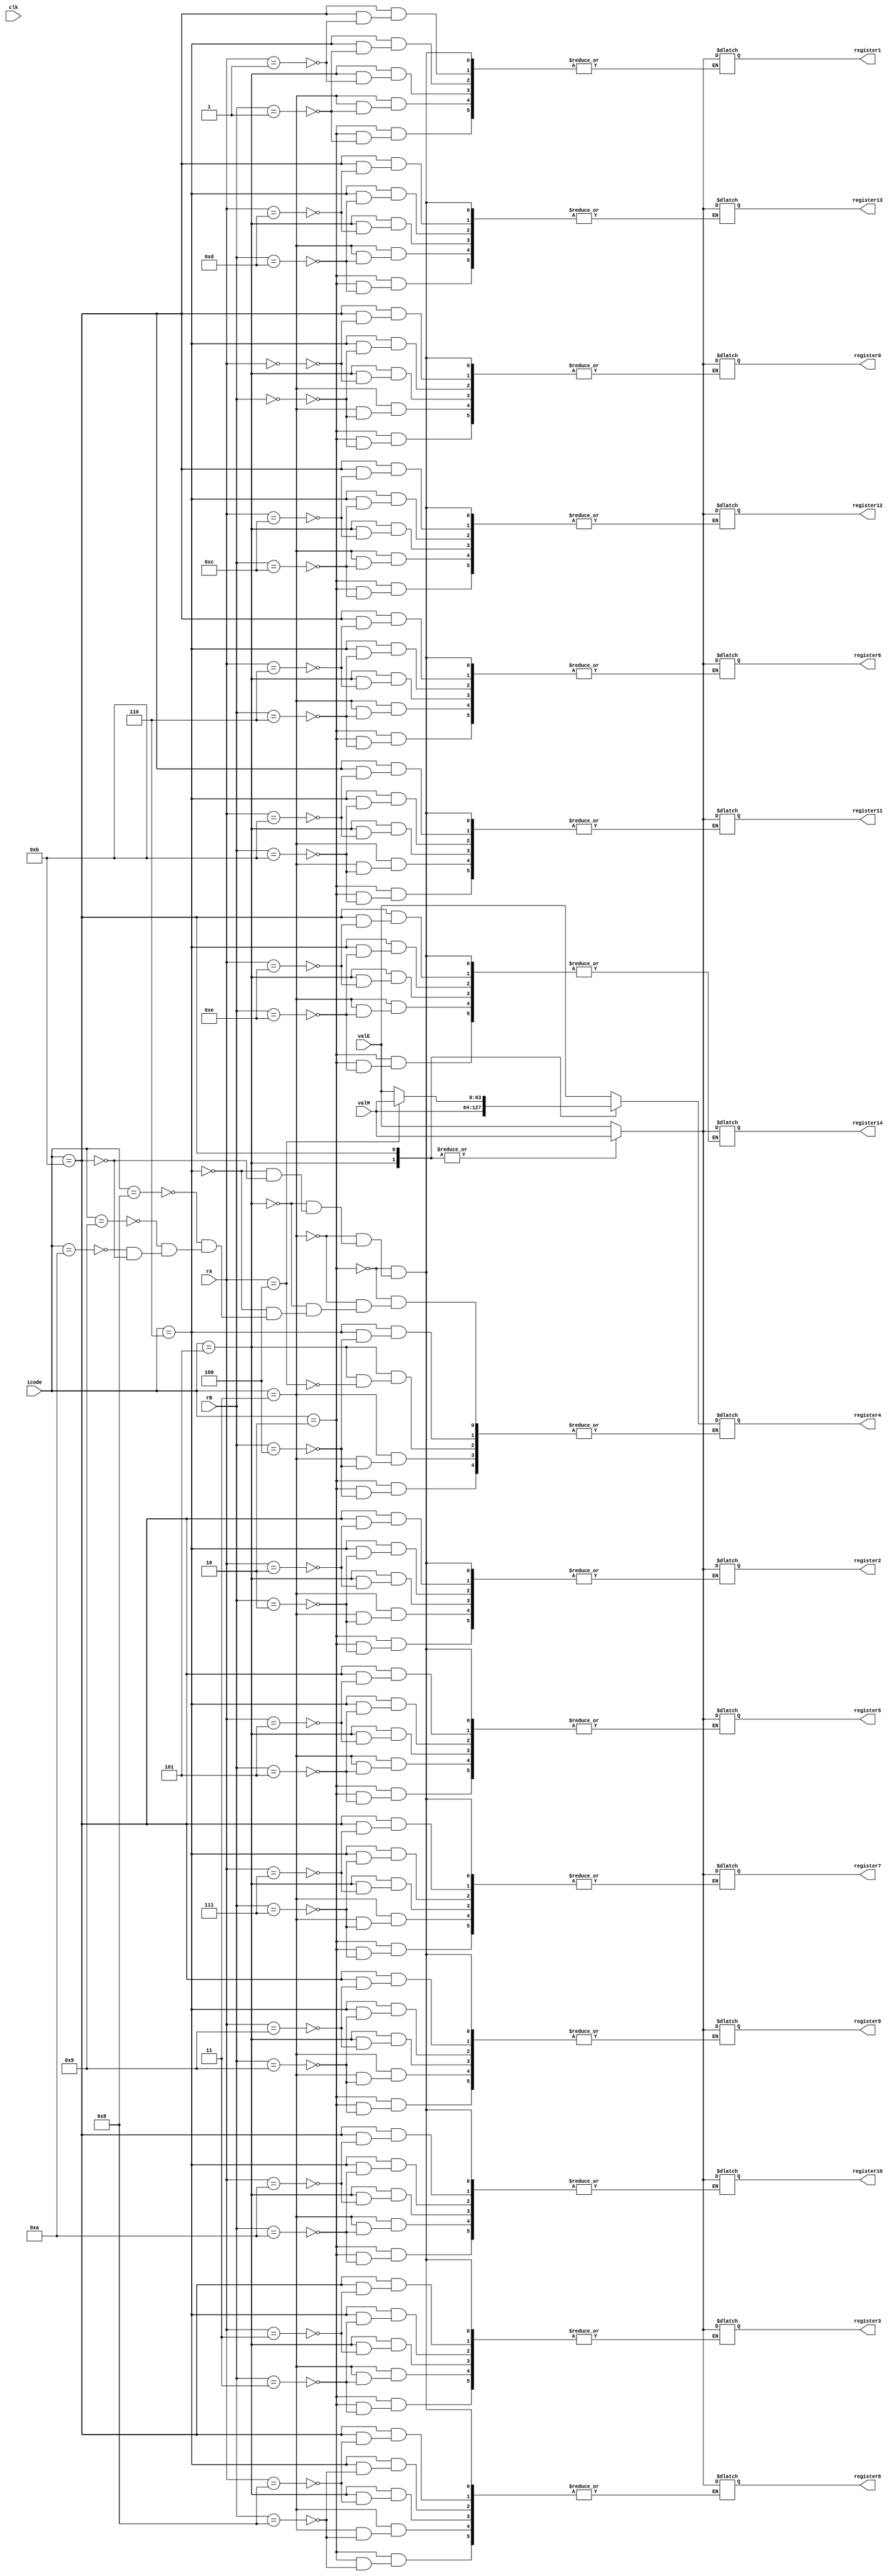
module write_back (
    clk, icode, rA, rB, valE, valM, register0, register1, register2,
    register3, register4, register5, register6, register7, register8,
    register9, register10, register11, register12, register13, register14
);

input clk;
input [3:0] icode, rA, rB;
input [63:0] valE, valM;

output reg [63:0] register0;
output reg [63:0] register1;
output reg [63:0] register2;
output reg [63:0] register3;
output reg [63:0] register4;
output reg [63:0] register5;
output reg [63:0] register6;
output reg [63:0] register7;
output reg [63:0] register8;
output reg [63:0] register9;
output reg [63:0] register10;
output reg [63:0] register11;
output reg [63:0] register12;
output reg [63:0] register13;
output reg [63:0] register14;

reg [63:0] memReg [0:14];

integer k;

initial begin
    for(k=0; k<15; k=k+1) begin
        memReg[k] = 64'd0;
    end
end

always @(*)
    begin
        case(icode)

        //Write back not required for
            // -->nop -->halt

        //cmovXX
        4'b0010: begin memReg[rB] = valE; end

        //irmovq
        4'b0011: begin memReg[rB] = valE; end

        //rmmovq
            //Do nothing

        //mrmovq
        4'b0101: begin memReg[rA] = valM; end

        //OPq
        4'b0110: begin memReg[rB] = valE; end

        //jXX
            //Do nothing

        //call
        4'b1000: begin memReg[4'b0100] = valE; end //%rsp is the 4th register

        //ret
        4'b1001: begin memReg[4'b0100] = valE; end //%rsp is the 4th register

        //pushq
        4'b1010: begin memReg[4'b0100] = valE; end //%rsp is the 4th register

        //popq
        4'b1011: begin
            memReg[4'b0100] = valE; //%rsp is the 4th register
            memReg[rA] = valM;
            end

        endcase

    end

always @(*) begin

    register0 = memReg[0];
    register1 = memReg[1];
    register2 = memReg[2];
    register3 = memReg[3];
    register4 = memReg[4];
    register5 = memReg[5];
    register6 = memReg[6];
    register7 = memReg[7];
    register8 = memReg[8];
    register9 = memReg[9];
    register10 = memReg[10];
    register11 = memReg[11];
    register12 = memReg[12];
    register13 = memReg[13];
    register14 = memReg[14];

end

endmodule